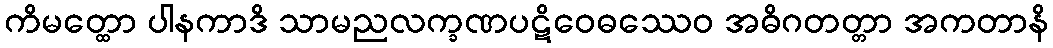
ကိမတ္ထော ပါနကာဒိ သာမညလက္ခဏပဋိဝေဓဿေဝ အဓိဂတတ္တာ အကတာနိ